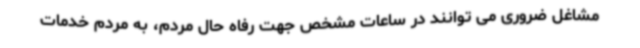
مشاغل ضروری می توانند در ساعات مشخص جهت رفاه حال مردم، به مردم خدمات